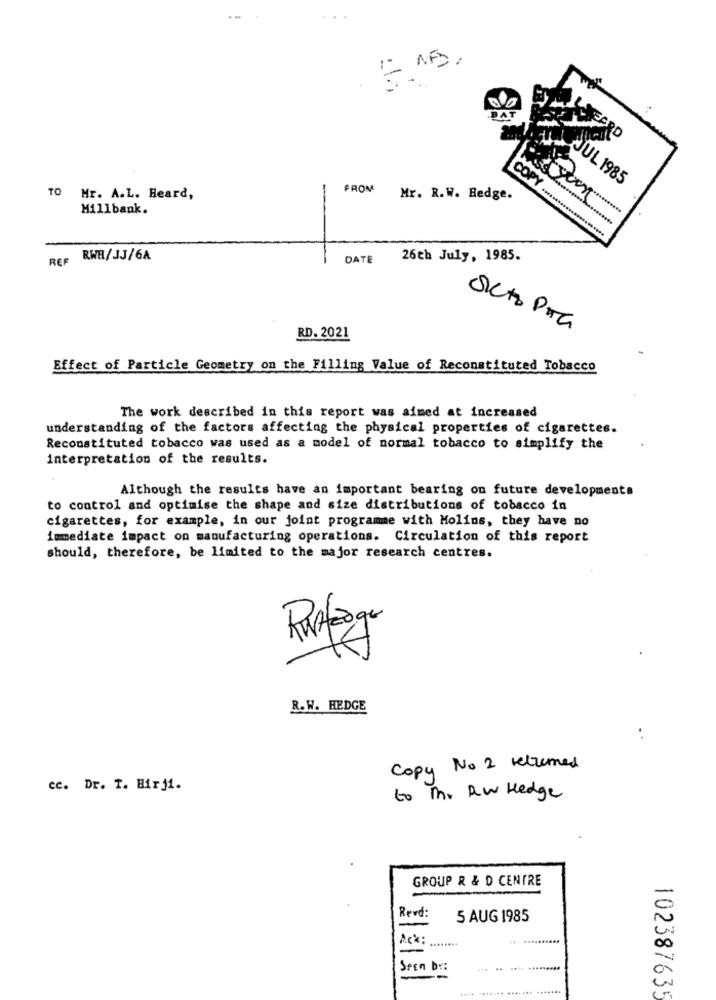
RD
COPY
JUL 1985
FROM
TO Mr. A.L. Heard,
Mr. R.W. Hedge.
Millbank.
REP RWH/JJ/6A
DATE
26th July, 1985.
SICto Para
RD. 2021
Effect of Particle Geometry on the Filling Value of Reconstituted Tobacco
The work described in this report was aimed at increased
understanding of the factors affecting the physical properties of cigarettes.
Reconstituted tobacco was used as a model of normal tobacco to simplify the
interpretation of the results.
Although the results have an important bearing on future developments
to control and optimise the shape and size distributions of tobacco in
cigarettes, for example, in our joint programme with Molins, they have no
immediate impact on manufacturing operations. Circulation of this report
should, therefore, be limited to the major research centres.
R.W. HEDGE
Copy No 2 relumed
cc. Dr. 1. Birji.
to The RW Hedge
GROUP R & D CENTRE
Revd:
5 AUG 1985
-
Ack:
-
SeEn br:
. ....... ....
102387635